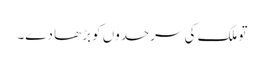
تو ملک کی سرحدوں کو بڑھا دے۔